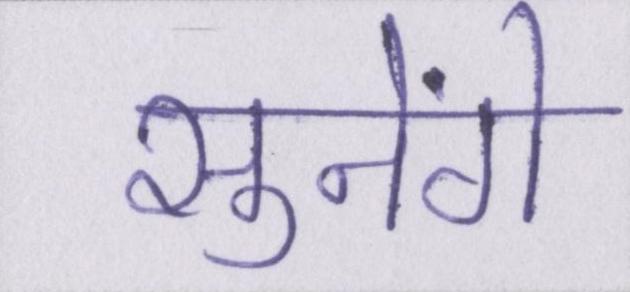
सुनेंगे